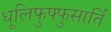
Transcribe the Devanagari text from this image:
धूलिफुफ्फुसार्ति